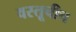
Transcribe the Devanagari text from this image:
वस्तूचीच